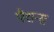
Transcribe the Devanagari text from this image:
पैशन्स